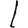
Digit: 1